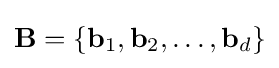
\mathbf {B} =\{\mathbf {b} _{1},\mathbf {b} _{2},\dots ,\mathbf {b} _{d}\}